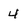
Character: 4